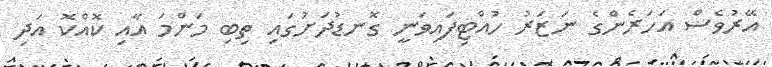
އޭރުވެސް އަހަރެންގެ ނަޒަރު ހުއްޓިފައިވަނީ ގޮނޑުދަށުގައި ތިބި މަންމަ އާއި ކޮއްކޮ އަދި